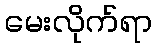
မေးလိုက်ရာ